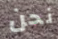
نحن